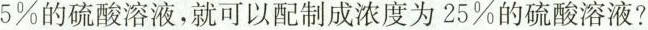
5%的硫酸溶液，就可以配制成浓度为25%的硫酸溶液?